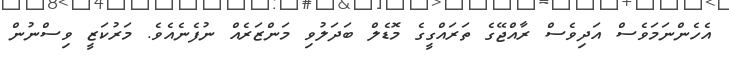
އެހެންނަމަވެސް އަދިވެސް ރާއްޖޭގެ ތަރައްގީގެ މޮޑެލް ބަދަލުވި މަންޒަރެއް ނުފެނެއެވެ. މަރުކަޒީ ވިސްނުން